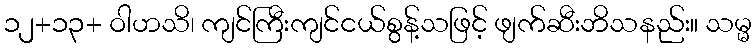
၁၂+၁၃+ ဝါဟသိ၊ ကျင်ကြီးကျင်ငယ်စွန့်သဖြင့် ဖျက်ဆီးဘိသနည်း။ သမ္မ